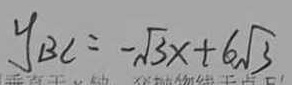
y _ { B C } = - \sqrt { 3 } x + 6 \sqrt { 3 }